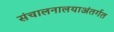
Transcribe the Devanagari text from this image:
संचालनालयाअंतर्गत